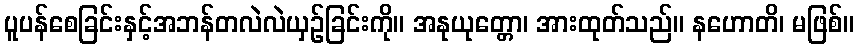
ပူပန်စေခြင်းနှင့်အဘန်တလဲလဲယှဉ်ခြင်းကို။ အနုယုတ္တော၊ အားထုတ်သည်။ နဟောတိ၊ မဖြစ်။